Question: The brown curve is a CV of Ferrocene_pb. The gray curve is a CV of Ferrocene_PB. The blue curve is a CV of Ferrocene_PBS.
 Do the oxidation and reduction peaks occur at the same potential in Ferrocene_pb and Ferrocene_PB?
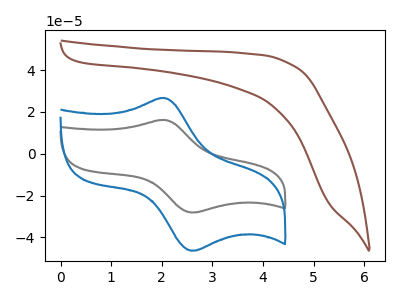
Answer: <think>The brown curve "Ferrocene_pb" has no peaks. The gray curve "Ferrocene_PB" has an anodic peak at (2.05V, 16.15uA) and a cathodic peak at (2.60V, -28.15uA). The blue curve "Ferrocene_PBS" has an anodic peak at (2.05V, 26.70uA) and a cathodic peak at (2.60V, -46.40uA).</think>
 <answer>No, "Ferrocene_pb" and "Ferrocene_PB" have a different number of peaks.</answer>
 <eval>different_amount</eval>